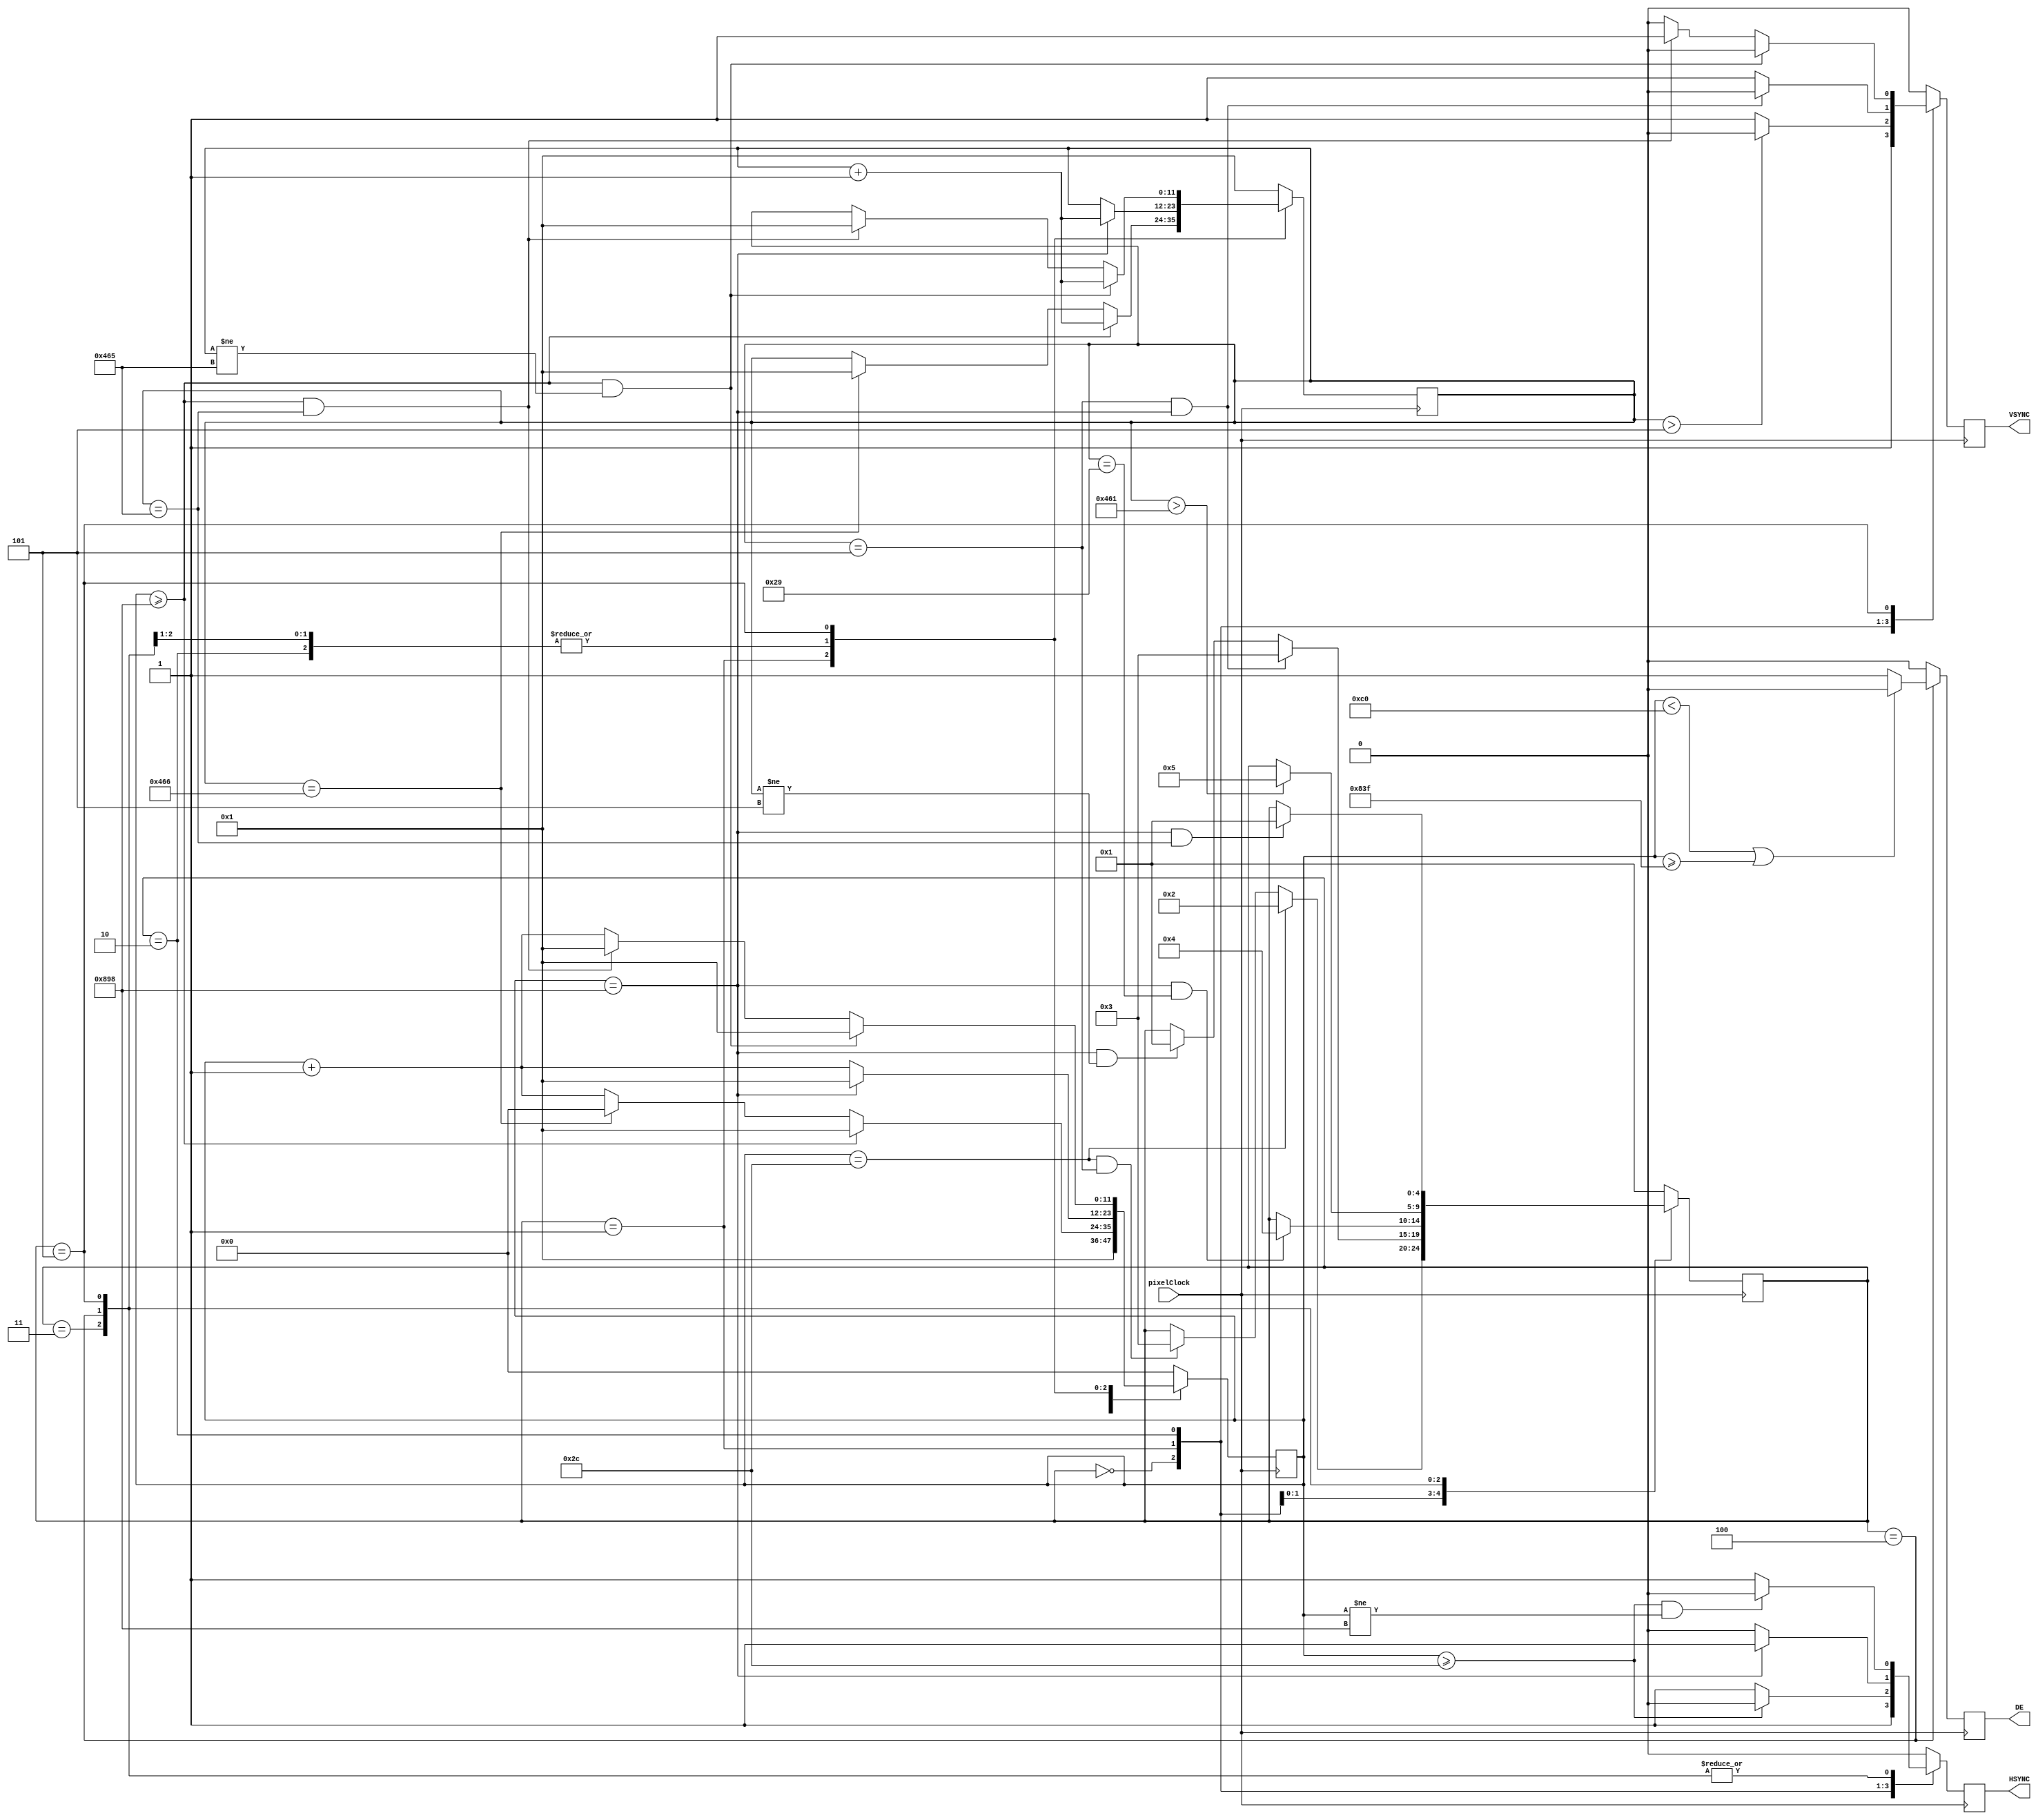
//Verilog HDMI Interface
//Copyright (C) 2018 Alexander Knapik & Keane-Gene Yew
//under the GNU General Public License v3.0 or any later version
//29.05.2018

/*
    This file is part of FPGA-HDMI-Image-Overlay. 
	https://github.com/AlexanderKnapik/FPGA-HDMI-Image-Overlay

    FPGA-HDMI-Image-Overlay is free software: you can redistribute it and/or 
	modify it under the terms of the GNU General Public License as published by
    the Free Software Foundation, either version 3 of the License, or
    (at your option) any later version.

    FPGA-HDMI-Image-Overlay is distributed in the hope that it will be useful,
    but WITHOUT ANY WARRANTY; without even the implied warranty of
    MERCHANTABILITY or FITNESS FOR A PARTICULAR PURPOSE.  See the
    GNU General Public License for more details.

    You should have received a copy of the GNU General Public License
    along with FPGA-HDMI-Image-Overlay.
	
	If not, see <http://www.gnu.org/licenses/>.
*/
`timescale 1 ps / 1 ps
module hdmiInterface 
//Parameters passed via the top level entity.
//The ones here defined are for 1920x1080p 60fps
//With an input pixel clock of 148.50MHz
#(
	//HSync parameters
	parameter hPlacement	= 88,	//How many pixel clocks HSync is set high after DE falls.
	parameter hDuration		= 44,	//How many pixel clocks HSync is held high for.
	parameter hDelay		= 192,	//How many pixel clocks DE goes high, after HSync goes high in the active video section.
	parameter hPolarity		= 1,	//VSync is active High for 1.
	//VSync parameters
	parameter vPlacement	= 4,	//How many HSync periods VSync is set high after DE falls.
	parameter vDuration		= 5,	//How many HSync periods VSync is held high for.
	parameter vDelay		= 41,	//How many HSync periods it takes for DE to go high once VSync has gone high. (DE still effected by hDelay).
	parameter vPolarity		= 1,	//VSync is active High for 1.
	//Active screen resolution.
	parameter width			= 1920,	//pixel width of the active video region.
	parameter height		= 1080	//pixel height of the active video region.
)
//Defining the inputs and outputs of the system.
(
	input 	pixelClock,				//Pixel clock used for the system. 148.5MHz.
	output	DE,						//Data Enable 	
	output 	HSYNC,					//Horizontal Sync
	output	VSYNC					//Vertical Sync
);
	localparam lineWidth	= width + hPlacement + hDelay;	//2200 Horizontal clocks per line.
	localparam lineHeight	= height + vPlacement + vDelay;	//1125 Vertical lines.

	//How many pixel clocks it takes for DE to go high after HSync goes low.
	localparam deDelay		= ( hDelay - ( hDuration + hPlacement ) );	//148 pixel clocks
	
	reg de		= 1'b0;
	reg hsync	= 1'b0;
	reg vsync	= 1'b0;
	
	assign DE 		= de;
	assign HSYNC	= hsync;
	assign VSYNC	= vsync;
	
	reg [11:0]	pCounter		= 0;	//Counting pixel clocks.
	reg [11:0]	hCounter 		= 1;	//Counting HSync pulses							//Count pixel clocks for pulsing HSync/DE
	//reg [11:0]	vCounter		= 0;	//Counting VSync pulses							//Count HSync pulses for pulsing VSync.
	
	localparam resetState			= 0;
	localparam startFrame			= 1;
	localparam vSyncState			= 2;
	localparam endBlankHSync		= 3;
	localparam activeVideo			= 4;
	localparam startBlankFrame		= 5;
	
	reg[4:0]	currentState	= 0;
	reg[4:0]	nextState		= 0;
	
	//Logic to handle the currentState -> nextState transition.
	//Sensitivity list based on the input clock.
	always @( posedge( pixelClock ) )
		begin: currentStateTransition
			currentState <= nextState;	
		end
		
	//Logic handling which state will transition into which.
	always @( * )
		begin: nextStateLogic
			case( currentState )
				default:
					begin
						nextState = startFrame;
					end
				
				startFrame:
					begin
						//If there has been an hDuration amount of pixel clocks,
						//Go onto the vSyncInitial state.
						//Else, stay in the same state. (Keep hSync high)
						if( pCounter == hDuration )
							begin
								nextState = vSyncState;
							end
						else if ( ( pCounter == hDuration ) && ( hCounter == vDuration ) )
							begin
								nextState = endBlankHSync;
							end
						else
							begin
								nextState = currentState;
							end
					end
					
				vSyncState:
					begin
						//If the hCounter is equal to the vDuration, then on the next posedge of hsync
						//Go to the endBlankLines state.
						//Else stay in the same state. 
						if ( ( hCounter == vDuration ) && ( pCounter == lineWidth ) )
							begin
								nextState = endBlankHSync;
							end
						else if ( ( pCounter == lineWidth ) && ( hCounter != vDuration ) )
							begin
								nextState = startFrame;
							end
						else
							begin
								nextState = currentState;
							end
					end
					
				endBlankHSync:
					begin
						//If there have been VSync delay amoung of hPulses, at pixel clock 2200 ( lineWidth ), go to activeVideo state.
						if ( ( pCounter == lineWidth ) && ( hCounter == vDelay ) )
							begin
								nextState = activeVideo;
							end
						else
							begin
								nextState = currentState;
							end
					end
					
				activeVideo:
					begin
						//On HSync pulse 1121 ( lineHeight - vPlacement ), go to the start of the blanking period.
						if( hCounter > ( lineHeight - vPlacement ) )
							begin
								nextState = startBlankFrame;
							end
						else
							begin
								nextState = currentState;
							end
					end
					
				startBlankFrame:
					begin
						//At the end of HSync pulse lineHeight, go to the startFrame state.
						if ( ( pCounter == lineWidth ) && ( hCounter == lineHeight ) )
							begin
								nextState = startFrame;
							end
						else
							begin
								nextState = currentState;
							end
					end
				
			endcase
		end //Always
			
	
	always @ ( posedge ( pixelClock ) )
		begin: currentStateLogic
			case( currentState )
				default:
					begin
						hsync 		<= 1'b0;
						vsync		<= 1'b0;
						de 			<= 1'b0;
						pCounter	<= 1'b0;
						hCounter	<= 1'b1;
					end
					
				resetState:
					begin
						hsync 		<= 1'b1;
						vsync		<= 1'b1;
						de 			<= 1'b0;
						pCounter	<= 1'b1;
						hCounter	<= 1'b1;
					end
					
				startFrame:
					begin
						vsync		<= 1'b1;
						de 			<= 1'b0;
						//Increment the pixelClock counter every pixelClock Edge.
						//pCounter	= pCounter + 1'b1;
						
						/*
						//If the pixel clock counter is greater or equal to hDuration long, set HSync to low,
						//Otherwise keep it high.
						if ( pCounter >= hDuration )
							begin
								hsync 		<= 1'b0;
							end
						else
							begin
								hsync		<= 1'b1;
							end
						*/
						
						//If the pixel clock counter is greater or equal to hDuration long, set HSync to low,
						//Otherwise keep it high.
						if ( pCounter >= hDuration )
							begin
								hsync 		<= 1'b0;
							end
						else if ( pCounter == lineWidth )
							begin
								hsync		<= 1'b1;
							end
						else
							begin
								hsync		<= 1'b1;
							end
							
						//If the pCounter is equal to the line width, then reset it, and increment hCounter.
						//otherwise increment it.
						if ( pCounter >= lineWidth )
							begin
								pCounter <= 1;
								hCounter <= hCounter + 1'b1;
							end
						//For second frame and onwards.
						else if ( hCounter == ( lineHeight + 1 ) )
							begin
								pCounter <= 0;
								hCounter <= 1;
							end
						else
							begin
								pCounter <= pCounter + 1'b1;
								hCounter <= hCounter;
							end
						
						//If the hsync counter is greater than the vsync duration,
						//Set vsync low.
						//Else keep it high.
						if ( hCounter > vDuration )
							begin
								vsync		<= 1'b0;
							end
						else
							begin
								vsync		<= 1'b1;
							end
					end//StartFrame
				
			vSyncState:
				begin
					//hsync		<= 1'b0;
					vsync		<= 1'b1;
					de			<= 1'b0;
					
					
					//If the pixel clock counter is equal to the total drawn width (2200),
					//Increment the hsync counter,
					if( pCounter == lineWidth )
						begin
							hsync 		<= 1'b1;
							hCounter 	<= hCounter + 1'b1;
							pCounter	<= 1;
						end						
					else
						begin
							hsync 		<= 1'b0;
							hCounter 	<= hCounter;
							pCounter	<= pCounter + 1'b1;
						end
						
					//Set up VSync to fall on the same edge as HSync going high from the VSyncState to endBlankHSync state transition.
					if ( ( pCounter == lineWidth ) && ( hCounter == vDuration ) )
						begin
							vsync	<= 1'b0;
						end
					else
						begin
							vsync	<= 1'b1;
						end
				end
				
			endBlankHSync:
				begin
					vsync		<= 1'b0;
					de			<= 1'b0;
					
						//If the pixel clock counter is greater or equal to hDuration long, set HSync to low,
						//Otherwise keep it high.
						if ( ( pCounter >= hDuration ) && ( pCounter != lineWidth ) )
							begin
								hsync 		<= 1'b0;
							end
						else if ( pCounter == lineWidth )
							begin
								hsync		<= 1'b1;
							end
						else
							begin
								hsync		<= 1'b1;
							end
							
						//If the pCounter is equal to the line width, then reset it, and increment hCounter.
						//otherwise increment it.
						if ( pCounter == lineWidth )
							begin
								pCounter <= 1;
								hCounter <= hCounter + 1'b1;
							end
						else
							begin
								pCounter <= pCounter + 1'b1;
								hCounter <= hCounter;
							end
				end
				
			activeVideo:
				begin
					vsync		<= 1'b0;
					
						//If the pixel clock counter is greater or equal to hDuration long, set HSync to low,
						//Otherwise keep it high.
						if ( ( pCounter >= hDuration ) && ( pCounter != lineWidth ) )
							begin
								hsync 		<= 1'b0;
							end
						else if ( pCounter == lineWidth )
							begin
								hsync		<= 1'b1;
							end
						else
							begin
								hsync		<= 1'b1;
							end
							
						//If the pCounter is equal to the line width, then reset it, and increment hCounter.
						//otherwise increment it.
						if ( pCounter == lineWidth )
							begin
								pCounter 	<= 1;
								hCounter 	<= hCounter + 1'b1;
							end
						else
							begin
								pCounter <= pCounter + 1'b1;
								hCounter <= hCounter;
							end
							
						//if the pixel clock counter is greater than hDelay,
						//Then turn on the DE, as its now active video.
						//However DE must be set low hPlacement pixel clocks before the end of lineWidth.
						if ( ( pCounter < hDelay ) || ( pCounter >= ( ( lineWidth - hPlacement ) - 1 ) ) )
							begin
								de			<= 1'b0;
							end
						else
							begin
								de			<= 1'b1;
							end			
				end
					
			startBlankFrame:
				begin
					//Turn DE off for the blanking lines.
					de		<= 1'b0;
					//Turn off vsync as it is the start of the blanking lines at the bottom edge of the screen. 
					//vsync	<= 1'b0;
					
					//Run hSync for up to 1125 vertical lines, to be reset at the new frame in the startFrame state.
					//If the pixel clock counter is greater or equal to hDuration long, set HSync to low,
						//Otherwise keep it high.
						if ( ( pCounter >= hDuration ) && ( pCounter != lineWidth ) )
							begin
								hsync 		<= 1'b0;
							end
						else if ( pCounter == lineWidth )
							begin
								hsync		<= 1'b1;
							end
						else
							begin
								hsync		<= 1'b1;
							end
						
					//If the pCounter is equal to the line width, then reset it, and increment hCounter.
					//otherwise increment it.
					if ( ( pCounter >= lineWidth ) && ( hCounter != lineHeight ) )
						begin
							pCounter 	<= 1;
							hCounter 	<= hCounter + 1'b1;
							vsync		<= 1'b0;
						end
					else if ( ( pCounter >= lineWidth ) && ( hCounter == lineHeight ) )
						begin
							pCounter	<= 1;
							hCounter	<= 1;
							vsync		<= 1'b1;
						end
					else
						begin
							pCounter <= pCounter + 1'b1;
							hCounter <= hCounter;
							vsync		<= 1'b0;

						end	
				end
			
			endcase
		end //Always		

endmodule